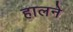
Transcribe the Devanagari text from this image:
हालने